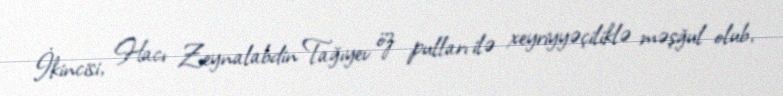
İkincisi, Hacı Zeynalabdin Tağıyev öz pulları ilə xeyriyyəçiliklə məşğul olub,